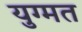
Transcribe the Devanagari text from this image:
युग्मत